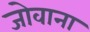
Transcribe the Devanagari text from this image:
जोवाना